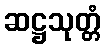
ဆဋ္ဌသုတ္တံ